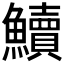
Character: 𩽆